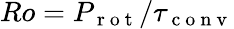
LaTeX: Ro=P_{\mathrm{~r~o~t~}}/\tau_{\mathrm{~c~o~n~v~}}